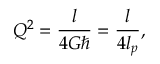
Q ^ { 2 } = { \frac { l } { 4 G \hbar } } = { \frac { l } { 4 l _ { p } } } ,